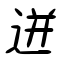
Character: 迸